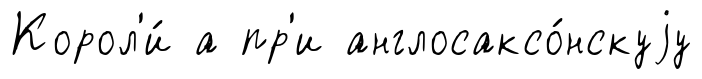
Корол'и́ а пр'и англосаксо́нскуjу